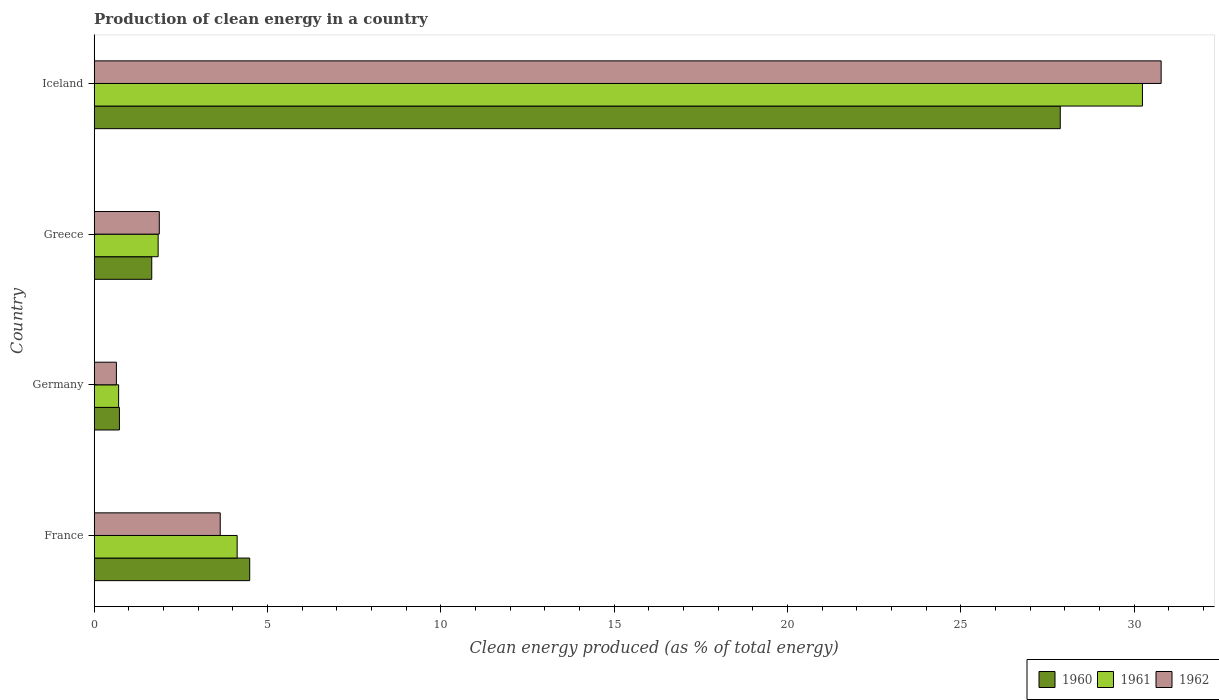
| Country | 1960 | 1961 | 1962 |
 | --- | --- | --- | --- |
 | France | 4.49 | 4.12 | 3.64 |
 | Germany | 0.728 | 0.705 | 0.64 |
 | Greece | 1.66 | 1.84 | 1.88 |
 | Iceland | 27.9 | 30.2 | 30.8 |